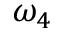
\omega _ { 4 }